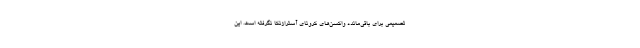
تصمیمی برای باقی‌مانده واکسن‌های کرونای آسترازنکا نگرفته است. این